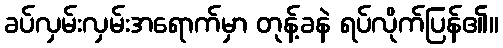
ခပ်လှမ်းလှမ်းအရောက်မှာ တုန့်ခနဲ ရပ်လိုက်ပြန်၏။